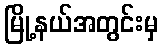
မြို့နယ်အတွင်းမှ